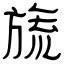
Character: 旒